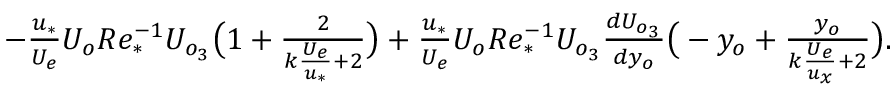
\begin{array} { r } { - \frac { u _ { * } } { U _ { e } } U _ { o } R e _ { * } ^ { - 1 } U _ { o _ { 3 } } \big ( 1 + \frac { 2 } { k \frac { U _ { e } } { u _ { * } } + 2 } \big ) + \frac { u _ { * } } { U _ { e } } U _ { o } R e _ { * } ^ { - 1 } U _ { o _ { 3 } } \frac { d U _ { o _ { 3 } } } { d y _ { o } } \big ( - y _ { o } + \frac { y _ { o } } { k \frac { U _ { e } } { u _ { x } } + 2 } \big ) . } \end{array}